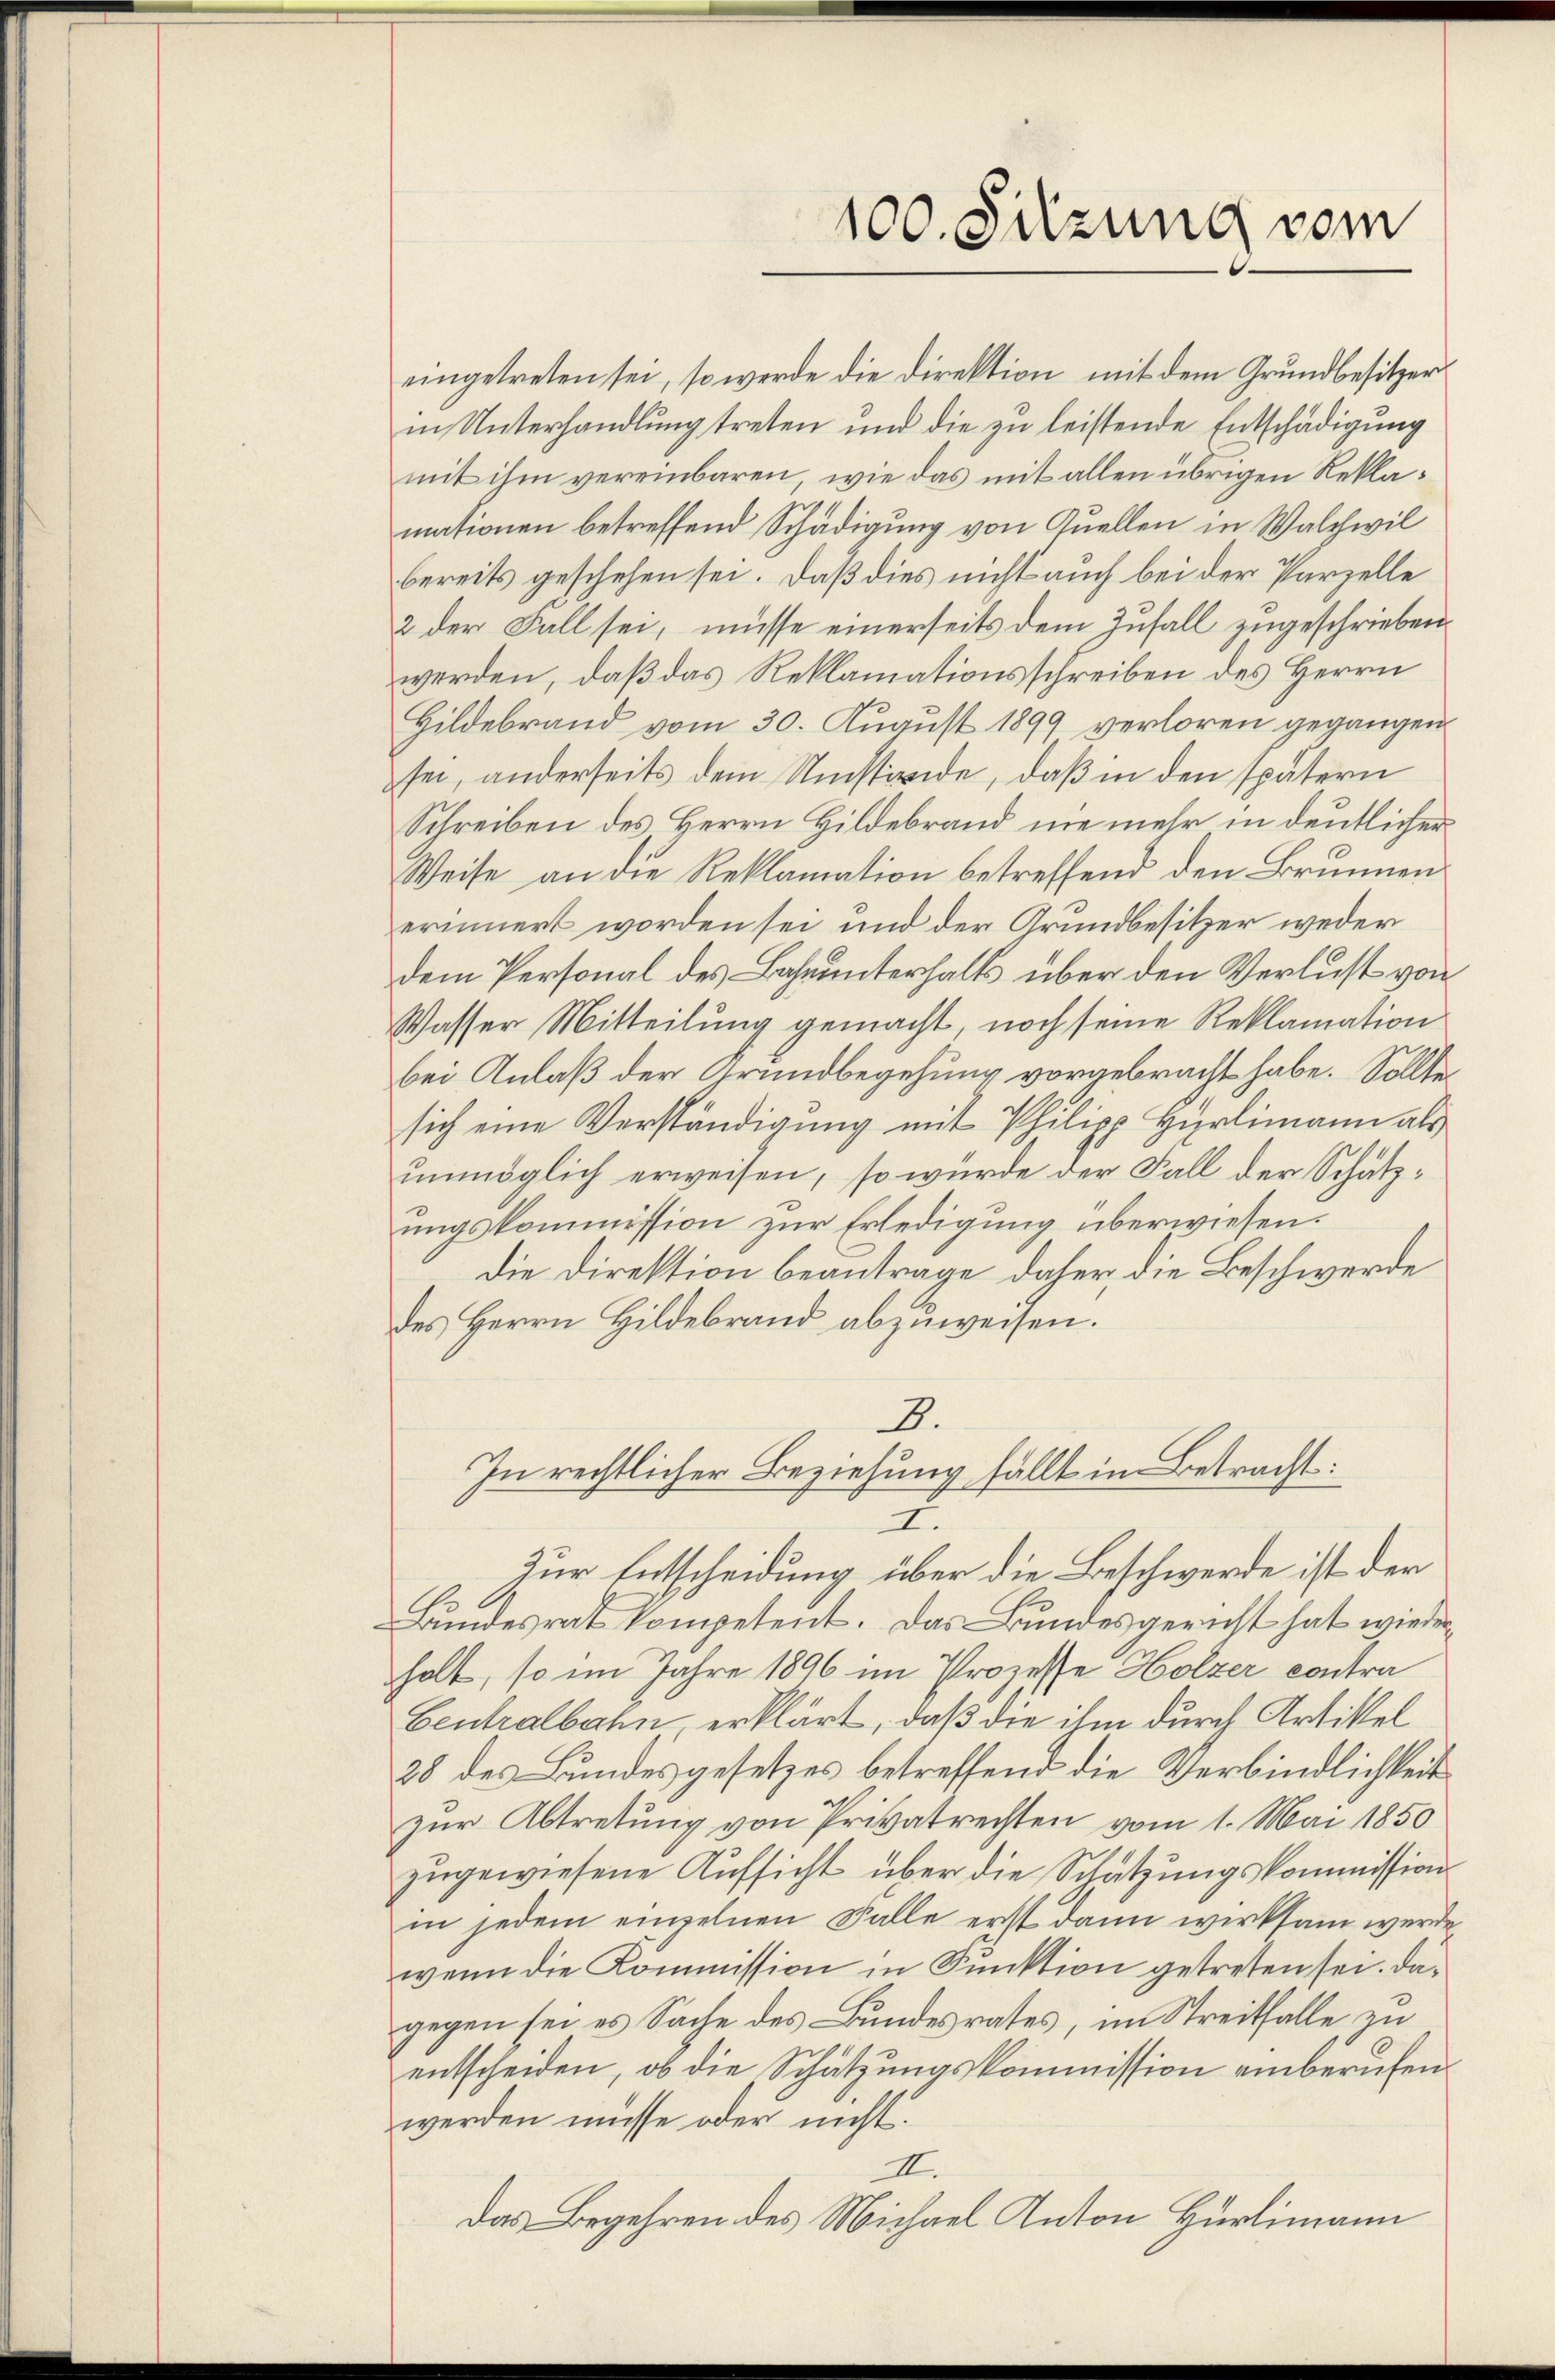
eingetreten sei, so werde die Direktion mit dem Grundbesitzer
in Unterhandlŭng treten und die zŭ leistende Entschädigung
mit ihm vereinbaren, wie das mit allen übrigen Reklamationen betreffend Schädigung von Quellen in Walchwil
bereits geschehen sei. Daß dies nicht auch bei der Parzelle
2 der Fall sei, müsse einerseits dem Zufall zugeschrieben
werden, daß das Reklamationsschreiben des Herrn
Hildebrand vom 30. August 1899 verloren gegangen
sei, anderseits dem Umstände, daß in den spätern
Schreiben des Herrn Hildebrand nie mehr in deutlicher
Weise an die Reklamation betreffend den Brunnen
erinnert worden sei und der Grundbesitzer weder
dem Personal des Bahnunterhalts über den Verlust von
Wasser Mitteilung gemacht, noch seine Reklamation
bei Anlaß der Grundbegehung vorgebracht habe. Sollte
sich eine Verständigung mit Philipp Hürlimann als
unmöglich erweisen, so würde der Fall der Schätzungskommission zur Erledigung überwiesen.
die Direktion beantrage daher die Beschwerde
des Herrn Hildebrand abzuweisen.
3.

100. Sitzung vom

In rechtlicher Beziehung fällt in Betracht:
2.

Zur Entscheidung über die Beschwerde ist der
Bundesrat kompetent. Das Bundesgericht hat wieder
holt, so im Jahre 1896 im Prozesse Holzer contra
Centralbahn erklärt, daß die ihm durch Artikel
28 des Bundesgesetzes betreffend die Verbindlichkeit
zur Abtretung von Privatrechten vom 1. Mai 1850
zugewiesene Aufsicht über die Schätzungskommission
in jedem einzelnen Falle erst dann wirksam werde
wenn die Kommission in Funktion getreten sei. Dagegen sei es Sache des Bundesrates, im Streitfalle, zu
entscheiden, ob die Schätzungskommission einberufen
werden müsse oder nicht.
II.
Das Begehren des Michael Anton Hürlimann